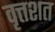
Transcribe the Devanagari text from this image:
वृत्तशत